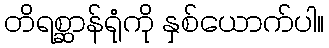
တိရစ္ဆာန်ရုံကို နှစ်ယောက်ပါ။